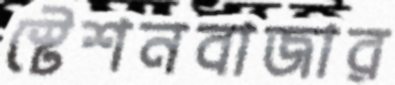
স্টেশনবাজার